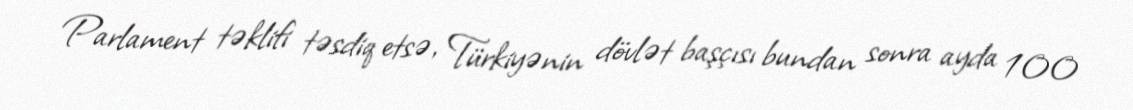
Parlament təklifi təsdiq etsə, Türkiyənin dövlət başçısı bundan sonra ayda 100